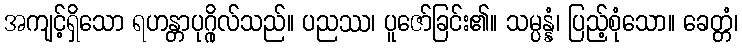
အကျင့်ရှိသော ရဟန္တာပုဂ္ဂိုလ်သည်။ ပညဿ၊ ပူဇော်ခြင်း၏။ သမ္ပန္နံ၊ ပြည့်စုံသော။ ခေတ္တံ၊